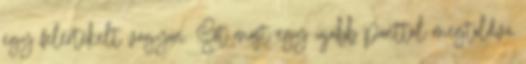
egy felértékelt vagyon. Sőt most egy újabb ponttal megtoldva